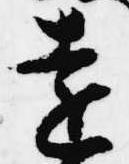
遠